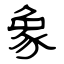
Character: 象